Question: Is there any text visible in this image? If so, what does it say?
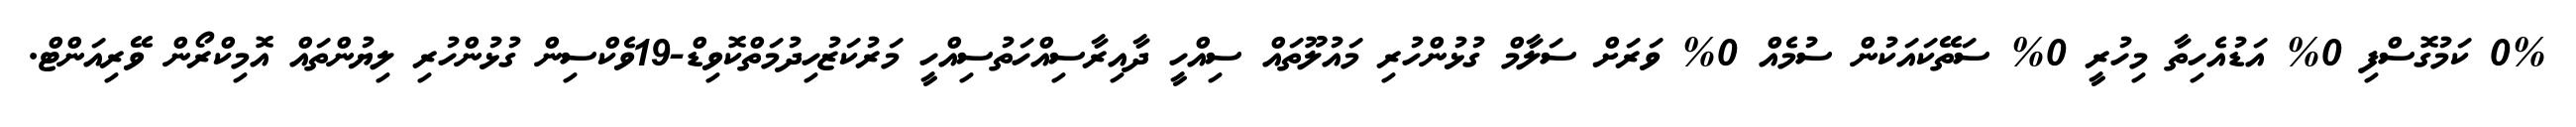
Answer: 0% ކަމުގޮސްފި 0% އަޑުއެހިތާ މިހުރީ 0% ސަތޭކައަކުން ސުމެއް 0% ވަރަށް ސަލާމް ގުޅުންހުރި މައުލޫތައް ސިއްހީ ދާއިރާސިއްހަތުސިއްހީ މަރުކަޒުހިދުމަތްކޮވިޑް-19ވެކްސިން ގުޅުންހުރި ލިޔުންތައް އޮމިކްރޯން ވޭރިއަންޓް.